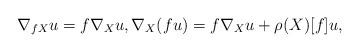
LaTeX: \begin{gather*} \nabla _{ f X } u = f \nabla _X u , \nabla _X ( f u ) = f \nabla _X u + \rho (X) [f] u , \end{gather*}